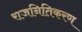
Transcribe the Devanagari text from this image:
राजनितिकरण